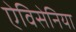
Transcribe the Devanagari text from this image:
ऐविसेनिया